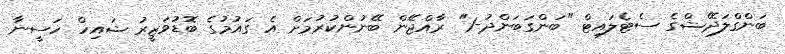
ބަންގްލަދޭޝްގެ ސެޓެލައިޓް "ބަންގަބަންދު-1" ރާއްޖޭން ބޭނުންކުރުމަށް އެ ގައުމުގެ ބޮޑުވަޒީރު ޝައިހް ހަސީނާ